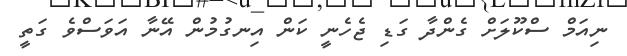
ނިއަމް ސްކޫލަށް ގެންދާ ގަޑި ޖެހެނީ ކަން އިނގުމުން އޭނާ އަވަސްވެ ގަތީ